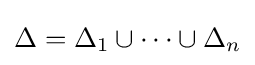
\Delta =\Delta _{1}\cup \cdots \cup \Delta _{n}